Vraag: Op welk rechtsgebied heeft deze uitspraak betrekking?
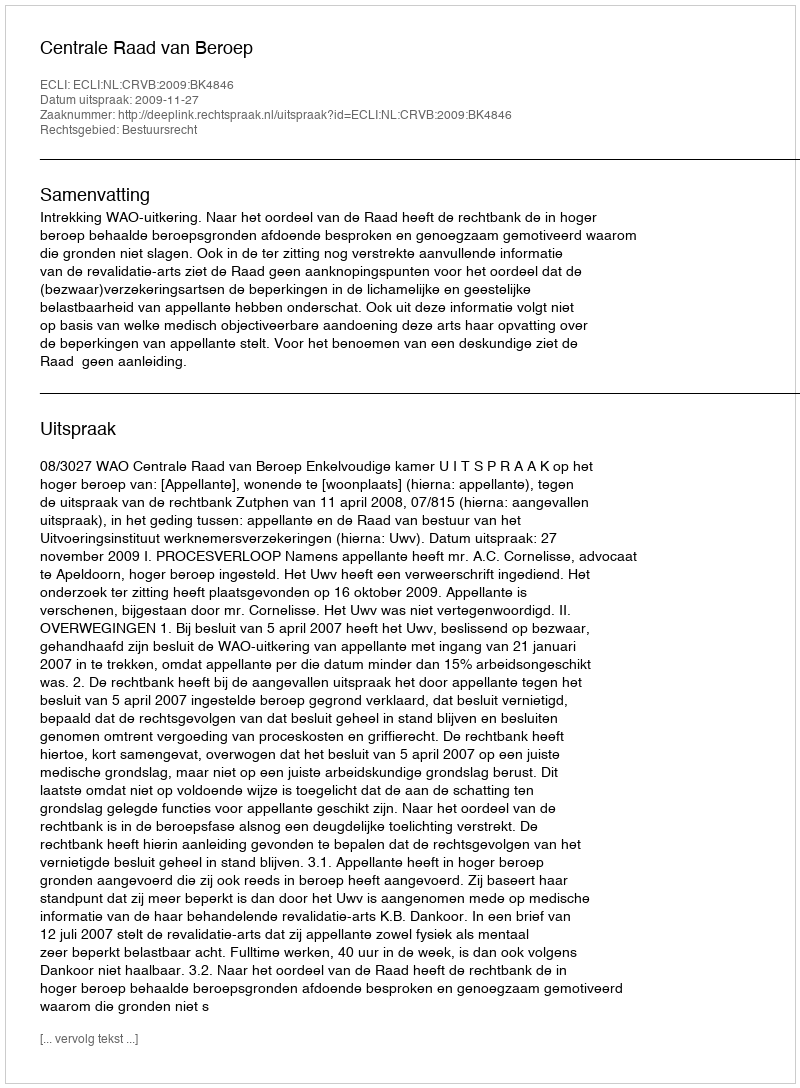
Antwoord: Bestuursrecht